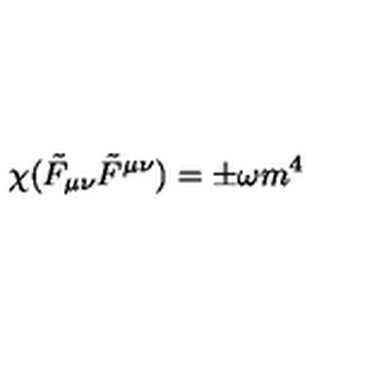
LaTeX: \chi ( \tilde { F } _ { \mu \nu } \tilde { F } ^ { \mu \nu } ) = \pm \omega m ^ { 4 }